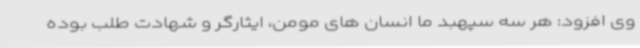
وی افزود: هر سه سپهبد ما انسان های مومن، ایثارگر و شهادت طلب بوده